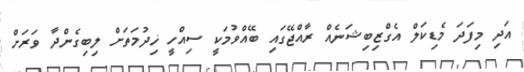
އަދި މިފަދަ މެޑިކަލް އެގްޒިބިޝަނެއް ރާއްޖޭގައި ބޭއްވުމަކީ ސިއްހީ ޚިދުމަތަށް ލިބިގެންދާ ވަރަށް